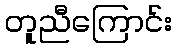
တူညီကြောင်း